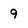
Character: 9